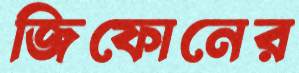
জিফোনের